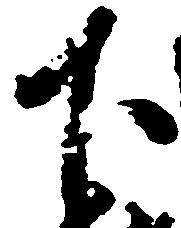
下